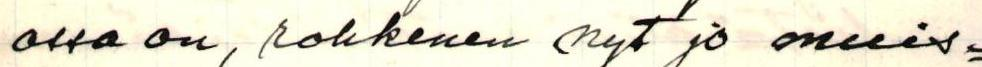
ossa on, rohkenen nyt jo muis=